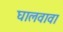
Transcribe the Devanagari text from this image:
घालवावा